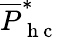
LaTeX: \overline{{P}}_{\mathrm{~h~c~}}^{*}